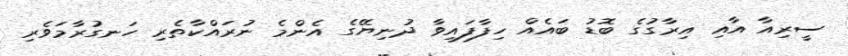
ސީރިއާ އާއި އިރާގުގެ ބޮޑު ބައެއް ހިފާފައިވާ ދުނިޔޭގެ އެންމެ ނުރައްކާތެރި ހަނގުރާމަވެރި